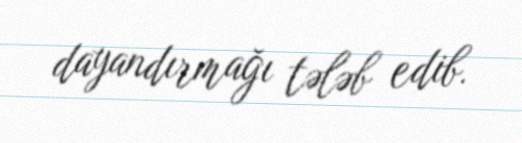
dayandırmağı tələb edib.